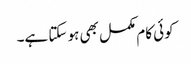
کوئی کام مکمل بھی ہو سکتا ہے۔